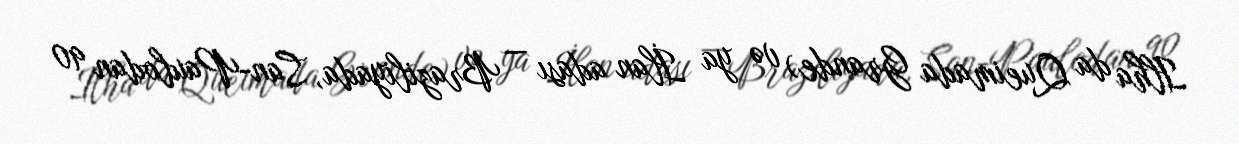
Ilha da Queimada Grande) və ya İlan adası — Braziliyada, San-Paulodan 90